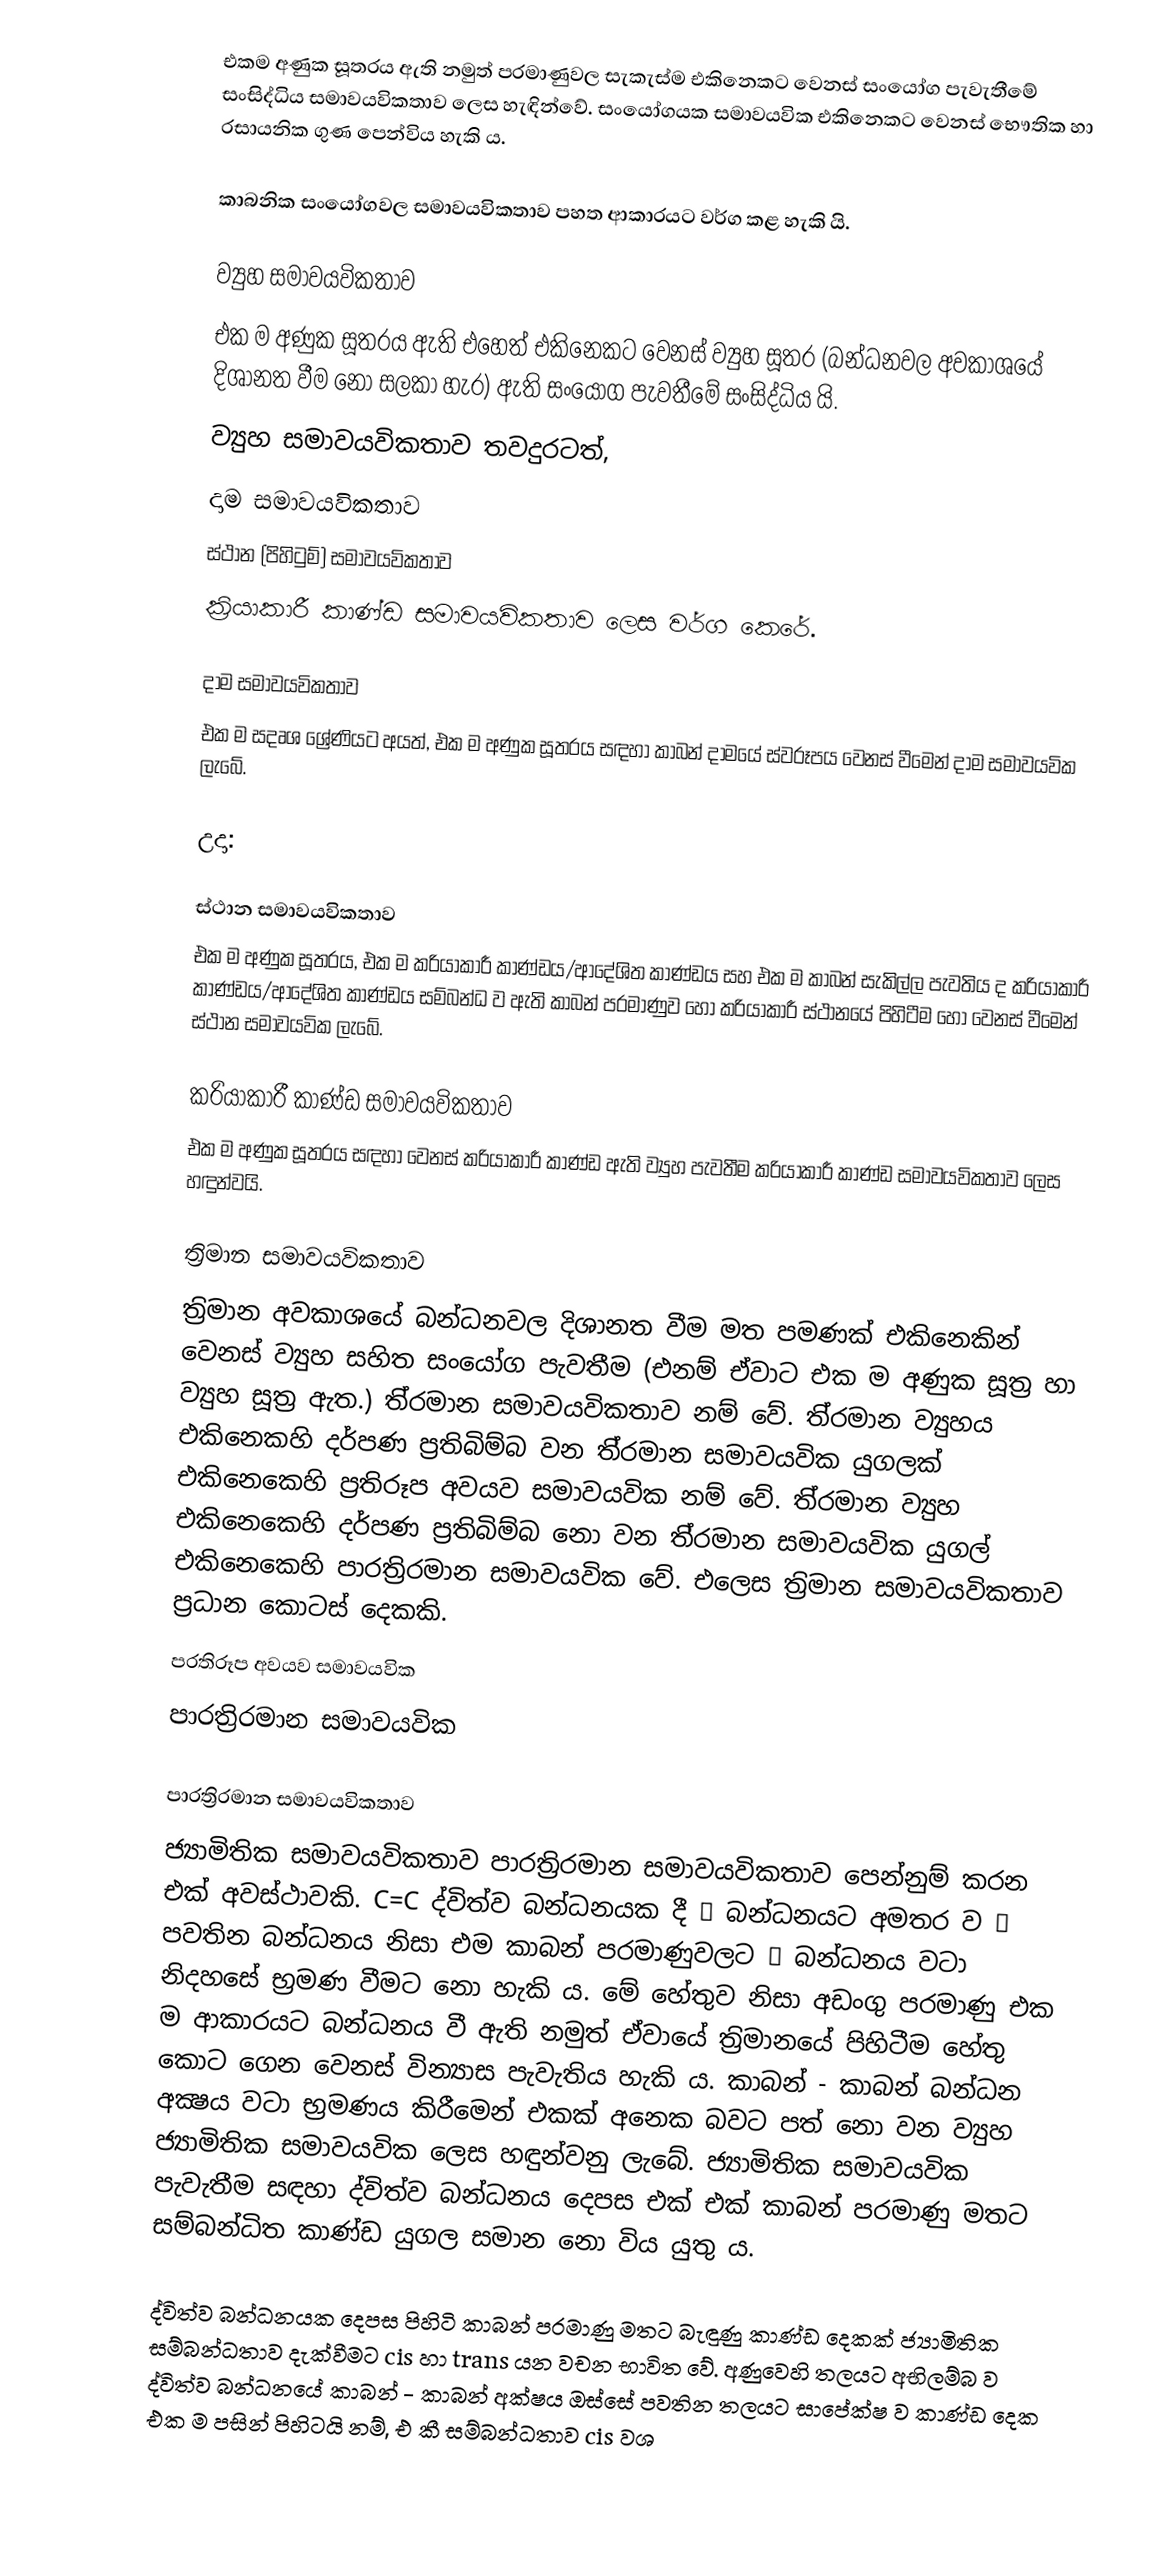
එකම අණුක සූත‍්‍රය ඇති නමුත් පරමාණුවල සැකැස්ම එකිනෙකට වෙනස් සංයෝග පැවැතීමේ සංසිද්ධිය සමාවයවිකතාව ලෙස හැඳින්වේ. සංයෝගයක සමාවයවික එකිනෙකට වෙනස් භෞතික හා රසායනික ගුණ පෙන්විය හැකි ය.

කාබනික සංයෝගවල සමාවයවිකතාව පහත ආකාරයට වර්ග කළ හැකි යි.

ව්‍යුහ සමාවයවිකතාව
එක ම අණුක සූත‍්‍රය ඇති එහෙත් එකිනෙකට වෙනස් ව්‍යුහ සූත‍්‍ර (බන්ධනවල අවකාශයේ දිශානත වීම නො සලකා හැර) ඇති සංයෝග පැවතීමේ සංසිද්ධිය යි.
ව්‍යුහ සමාවයවිකතාව තවදුරටත්,
දාම සමාවයවිකතාව
ස්ථාන (පිහිටුම්) සමාවයවිකතාව
ක‍්‍රියාකාරී කාණ්ඩ සමාවයවිකතාව ලෙස වර්ග කෙරේ.

දාම සමාවයවිකතාව
එක ම සදෘශ ශ්‍රේණියට අයත්, එක ම අණුක සූත‍්‍රය සඳහා කාබන් දාමයේ ස්වරූපය වෙනස් වීමෙන් දාම සමාවයවික ලැබේ.

උදා:

ස්ථාන සමාවයවිකතාව
එක ම අණුක සූත‍්‍රය, එක ම ක‍්‍රියාකාරී කාණ්ඩය/ආදේශිත කාණ්ඩය සහ එක ම කාබන් සැකිල්ල පැවතිය ද ක‍්‍රියාකාරී කාණ්ඩය/ආදේශිත කාණ්ඩය සම්බන්ධ ව ඇති කාබන් පරමාණුව හෝ ක‍්‍රියාකාරී ස්ථානයේ පිහිටීම හෝ වෙනස් වීමෙන් ස්ථාන සමාවයවික ලැබේ.

ක‍්‍රියාකාරී කාණ්ඩ සමාවයවිකතාව
එක ම අණුක සූත‍්‍රය සඳහා වෙනස් ක‍්‍රියාකාරී කාණ්ඩ ඇති ව්‍යුහ පැවතීම ක‍්‍රියාකාරී කාණ්ඩ සමාවයවිකතාව ලෙස හඳුන්වයි.

ත‍්‍රිමාන සමාවයවිකතාව
ත‍්‍රිමාන අවකාශයේ බන්ධනවල දිශානත වීම මත පමණක් එකිනෙකින් වෙනස් ව්‍යුහ සහිත සංයෝග පැවතීම (එනම් ඒවාට එක ම අණුක සූත‍්‍ර හා ව්‍යුහ සූත‍්‍ර ඇත.) ති‍්‍රමාන සමාවයවිකතාව නම් වේ. ති‍්‍රමාන ව්‍යුහය එකිනෙකහි දර්පණ ප‍්‍රතිබිම්බ වන ති‍්‍රමාන සමාවයවික යුගලක් එකිනෙකෙහි ප‍්‍රතිරූප අවයව සමාවයවික නම් වේ. ති‍්‍රමාන ව්‍යුහ එකිනෙකෙහි දර්පණ ප‍්‍රතිබිම්බ නො වන ති‍්‍රමාන සමාවයවික යුගල් එකිනෙකෙහි පාරත්‍රිරමාන සමාවයවික වේ. එලෙස ත‍්‍රිමාන සමාවයවිකතාව ප්‍රධාන කොටස් දෙකකි.
ප‍්‍රතිරූප අවයව සමාවයවික
පාරත්‍රිරමාන සමාවයවික

පාරත්‍රිරමාන සමාවයවිකතාව
ජ්‍යාමිතික සමාවයවිකතාව පාරත්‍රිරමාන සමාවයවිකතාව පෙන්නුම් කරන එක් අවස්ථාවකි. C=C ද්විත්ව බන්ධනයක දී σ බන්ධනයට අමතර ව π පවතින බන්ධනය නිසා එම කාබන් පරමාණුවලට σ බන්ධනය වටා නිදහසේ භ‍්‍රමණ වීමට නො හැකි ය. මේ හේතුව නිසා අඩංගු පරමාණු එක ම ආකාරයට බන්ධනය වී ඇති නමුත් ඒවායේ ත‍්‍රිමානයේ පිහිටීම හේතු කොට ගෙන වෙනස් වින්‍යාස පැවැතිය හැකි ය. කාබන් - කාබන් බන්ධන අක්‍ෂය වටා භ‍්‍රමණය කිරීමෙන් එකක් අනෙක බවට පත් නො වන ව්‍යුහ ජ්‍යාමිතික සමාවයවික ලෙස හඳුන්වනු ලැබේ. ජ්‍යාමිතික සමාවයවික පැවැතීම සඳහා ද්විත්ව බන්ධනය දෙපස එක් එක් කාබන් පරමාණු මතට සම්බන්ධිත කාණ්ඩ යුගල සමාන නො විය යුතු ය.

ද්විත්ව බන්ධනයක දෙපස පිහිටි කාබන් පරමාණු මතට බැඳුණු කාණ්ඩ දෙකක් ජ්‍යාමිතික සම්බන්ධතාව දැක්වීමට cis හා trans යන වචන භාවිත වේ. අණුවෙහි තලයට අභිලම්බ ව ද්විත්ව බන්ධනයේ කාබන් - කාබන් අක්ෂය ඔස්සේ පවතින තලයට සාපේක්ෂ ව කාණ්ඩ දෙක එක ම පසින් පිහිටයි නම්, එ කී සම්බන්ධතාව cis වශ